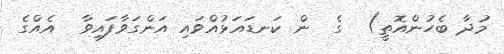
މުދާ ބެހުންއޮތީ)  ގެ  ން ކަނޑައަޅުއްވައި އަންގަވާފައިވާ  އެއްގެ